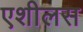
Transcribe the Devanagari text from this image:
एशीलस